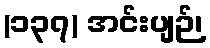
(၁၃၇) အင်းပျဉ်၊